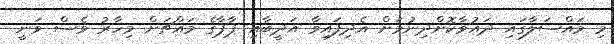
މި މައްސަލާގައި ދައުވާކޮށްދިނުމަށް އެދިފައިވާ އަދީބާއި ޕާޕާގެ މައްޗަށް މިހާރު ވެސް ވަނީ